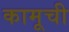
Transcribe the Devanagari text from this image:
कामूची